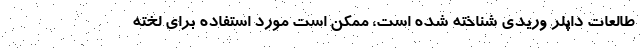
طالعات داپلر وریدی شناخته شده است، ممکن است مورد استفاده برای لخته